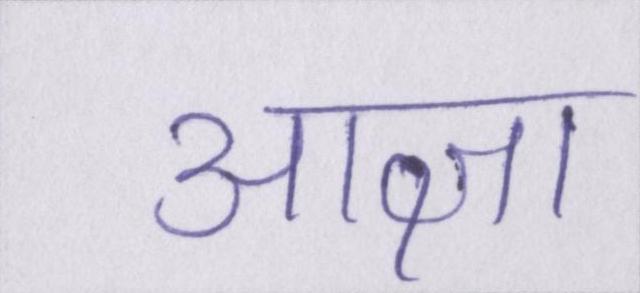
आज्ञा